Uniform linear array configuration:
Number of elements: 12
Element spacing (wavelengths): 1
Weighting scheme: exponential
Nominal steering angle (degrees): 45
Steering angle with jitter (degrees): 43.127
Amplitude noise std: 0.05
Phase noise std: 0.05

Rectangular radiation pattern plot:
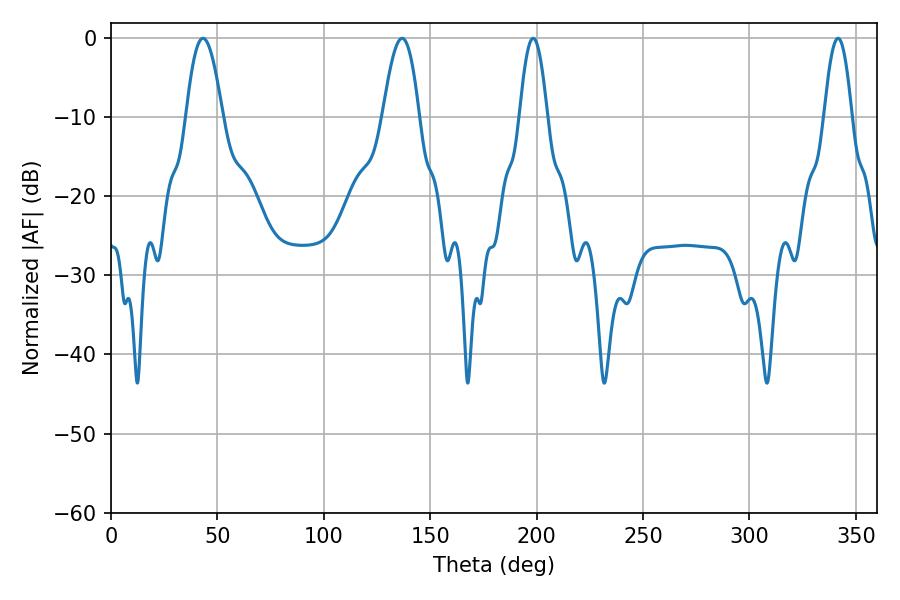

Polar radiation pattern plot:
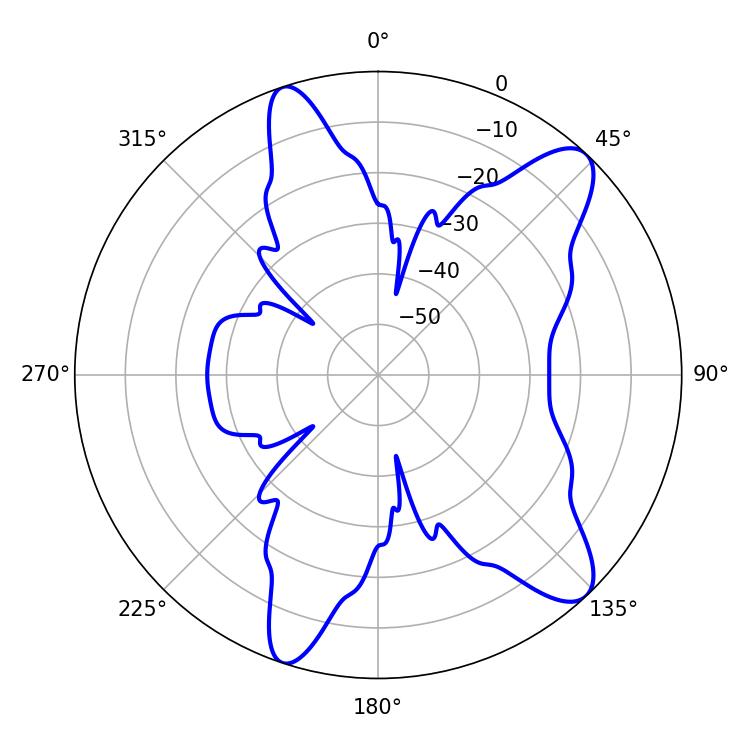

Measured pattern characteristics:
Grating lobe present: TRUE
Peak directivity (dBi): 10.75
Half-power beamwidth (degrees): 7.02
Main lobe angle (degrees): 198.36